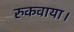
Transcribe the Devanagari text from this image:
रुकवाया।